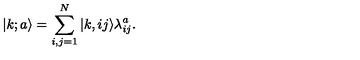
| k ; a \rangle = \sum _ { i , j = 1 } ^ { N } | k , i j \rangle \lambda _ { i j } ^ { a } .